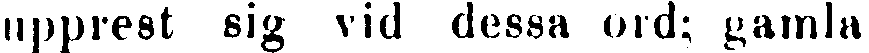
upprest sig vid dessa ord; gamla,